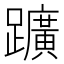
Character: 𨇁